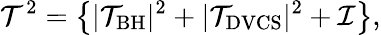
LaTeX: {\cal T}^{2}=\left\{ |{\cal T}_{\mathrm{BH}}|^{2}+|{\cal T}_{\mathrm{DVCS}}|^{2}+{\cal I}\right\} ,